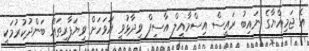
އެ ޖަމިއްޔާގެ ނައިބު ރައީސް އިސްމާއީލް އާސިފް ވިދާޅުވީ އަވަހަށް ވިޔަފާރިތައް ބަންދުކުރުމަކީ